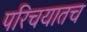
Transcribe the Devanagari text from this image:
परिचयातच